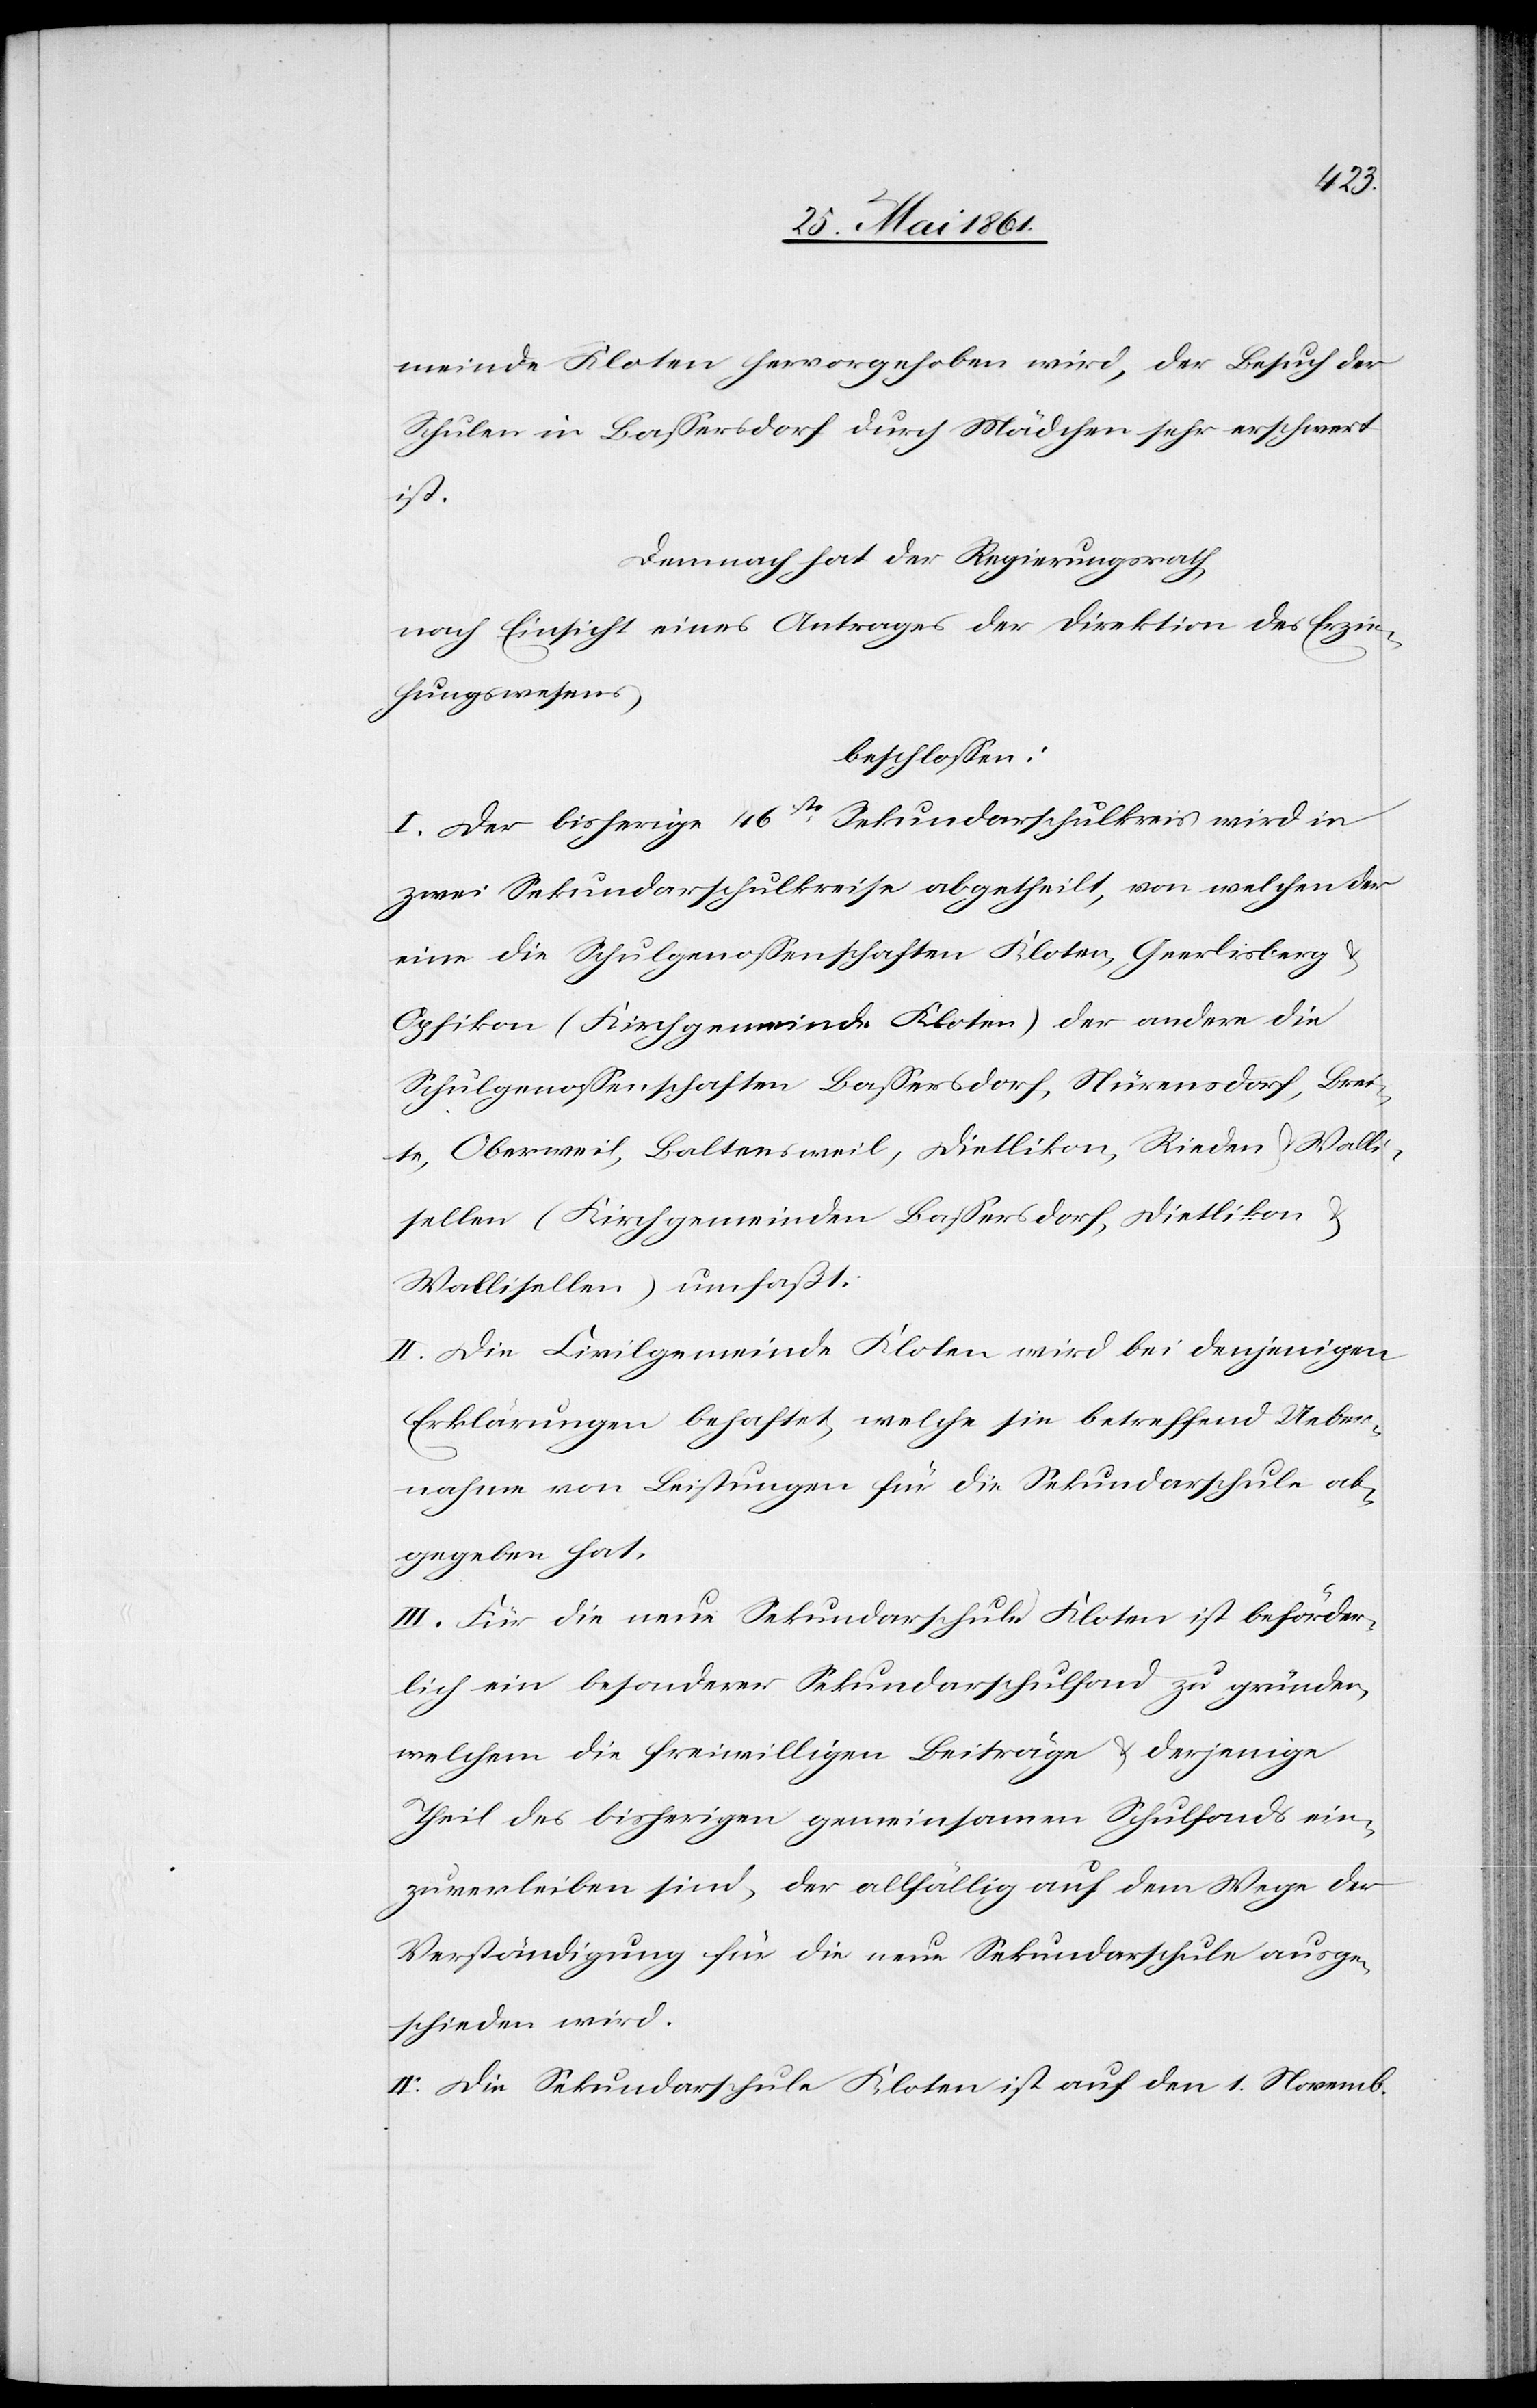
meinde Kloten hervorgehoben wird, der Besuch der
Schulen in Bassersdorf durch Mädchen sehr erschwert
ist.
Demnach hat der Regierungsrath,
nach Einsicht eines Antrages der Direktion des Erzie¬
hungswesens,
beschlossen.
I. Der bisherige 46ste Sekundarschulkreis wird in
zwei Sekundarschulkreise abgetheilt, von welchen der
eine die Schulgenossenschaften Kloten, Geerlisberg
Opfikon (Kirchgemeinde Kloten) der andere die
Schulgenossenschaften Bassersdorf, Nürensdorf, Brei¬
te, Oberweil, Baltensweil, Dietlikon, Rieden u. Walli¬
sellen (Kirchgemeinden Bassersdorf, Dietlikon u.
Wallisellen) umfaßt.
II. Die Civilgemeinde Kloten wird bei denjenigen
Erklärungen behaftet, welche sie betreffend Ueber¬
nahme von Leistungen für die Sekundarschule ab¬
gegeben hat.
III. Für die neue Sekundarschule Kloten ist beförder¬
lich ein besonderer Sekundarschulfond zu gründen,
welchem die freiwilligen Beiträge u. derjenige
Theil des bisherigen gemeinsamen Schulfonds ein¬
zuverleiben sind, der allfällig auf dem Wege der
Verständigung für die neue Sekundarschule ausge¬
schieden wird.
IV. Die Sekundarschule Kloten ist auf den 1. Novemb.